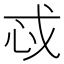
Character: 𫻪